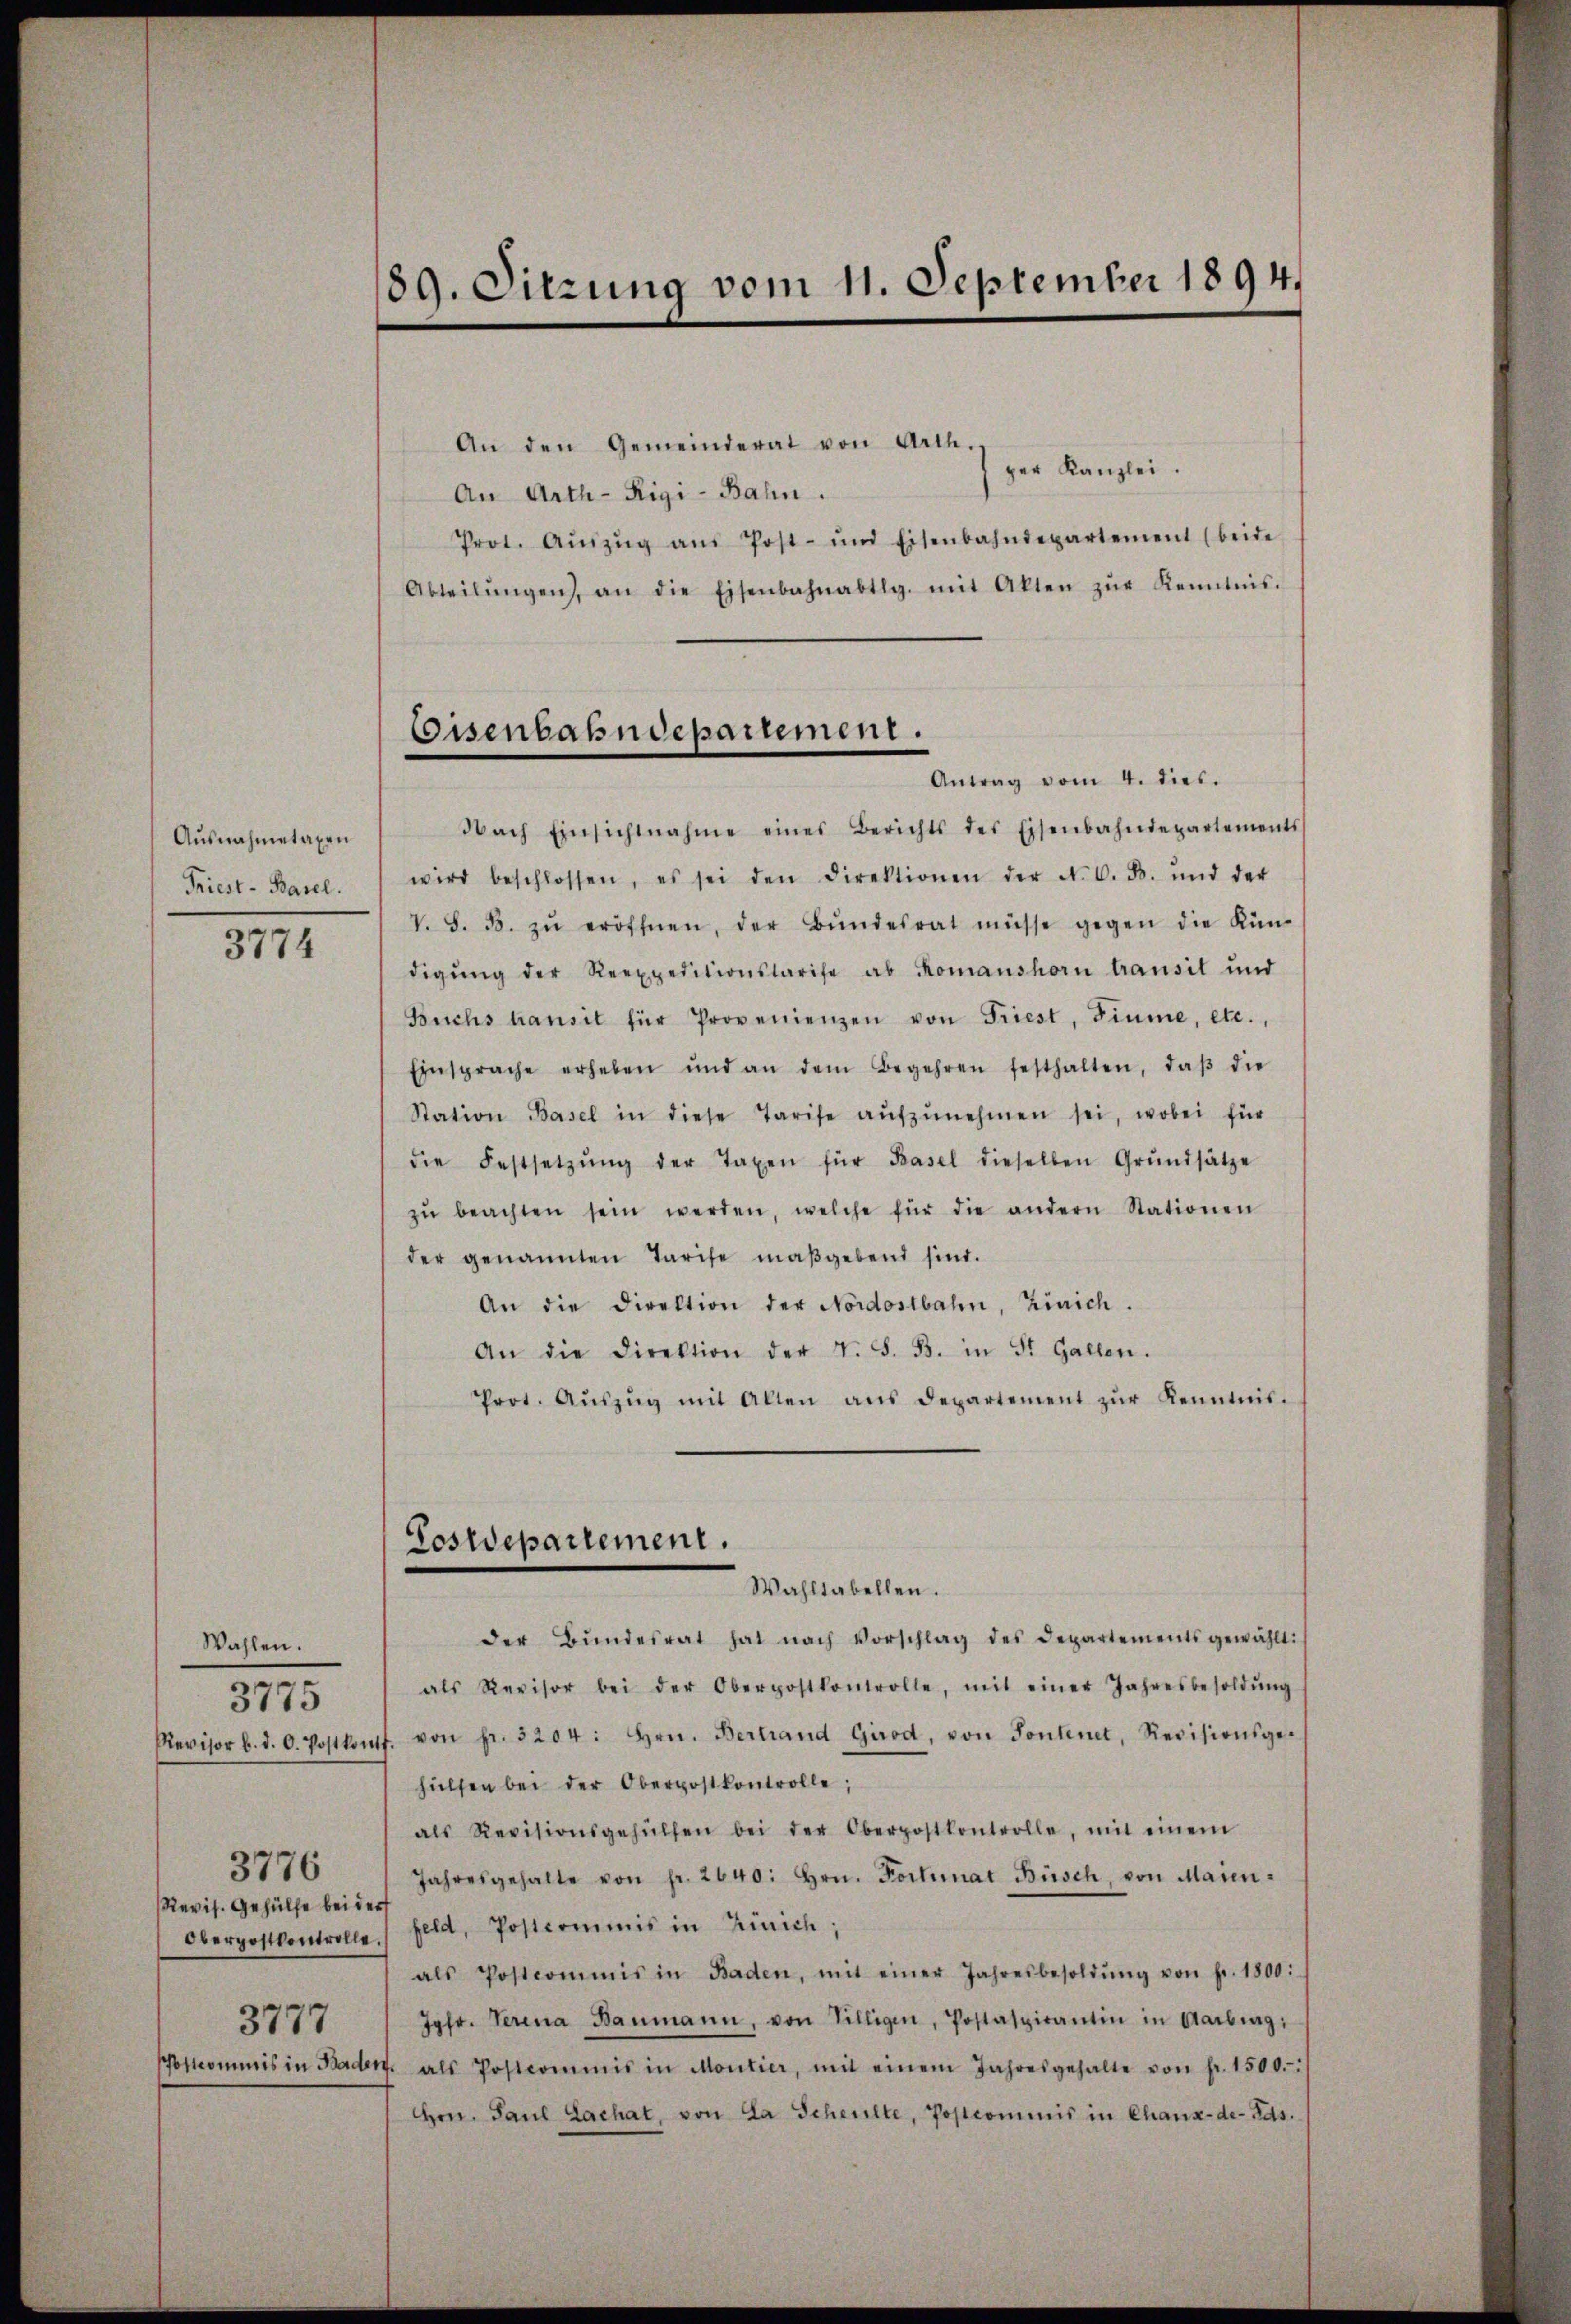
Ausnahmetaxen
Friest - Basel.

3774

Wahlen.
3776
Revis. Gehülfe bei der
3777
Postcommis in Bader

3775

189. Sitzung vom 11. September 1894.

Eisenbahndepartement.
Antrag vom 4. dies.

An den Gemeinderat von Arth.
per Kanzlei.
An Arth-Rigi-Bahn.
Prot. Aŭszŭg aŭs Post- und Eisenbahndepartement (beide
Abteilŭngen, an die Eisenbahnabtlg. mit Akten zŭr Kenntnis.
Nach Einsichtnahme eines Berichts des Eisenbahndepartements
wird beschlossen, es sei den Direktionen der N. O. B. und der
V. S. B. zŭ eröffnen, der Bŭndesrat müsse gegen die Kün-
digŭng der Reexpeditionstarise ab Romanshorn transit und
Buchs transit für Provenienzen von Friest, Fiume, etc.,
Einsprache erheben und an dem Begehren festhalten, daβ die
Station Basel in diese Tarife aŭfzŭnehmen sei, wobei für
die Festsetzŭng der Taxen für Basel dieselben Grŭndsätze
zŭ beachten sein werden, welche für die andern Stationen
der genannten Tarife maßgebend sind.
An die Direktion der Nordostbahn, Zürich.
An die Direktion der v. S. B. in St. Gallen.
Prot. Aŭszŭg mit allen ans Departement zŭr Kenntnis.
Postdepartement.
Wahltabellen.
der Bŭndesrat hat nach Vorschlag des Departements gewählt:
als Revisor bei der Oberpostkontrolle, mit einer Jahresbesoldŭng
Revisor b. d. d. Postkonf. von fr. 3204: hrn. Bertrand Girod, von Sontenet, Revisionsgehülfen bei der Oberpostkontrolle;
als Revisionsgehülfen bei der Oberpostkontrolle, mit einem
Jahresgehalte von fr. 2640: hrn. Format Büsch, von Maien-
Oberpostkontrolle Feld, Postcommis in Zürich;
als Postcommis in Baden, mit einer Jahresbesoldŭng von fr. 1800:
Jgfr. Verena Baumann, von Villigen, Postaspirantin in Aarbung,
. als Postcommis in Montier, mit einem Jahresgehalte von fr. 1500.
Hrn. Paul Lachat, von La Scheilte, Postcommis in Chaux-de-Fas.